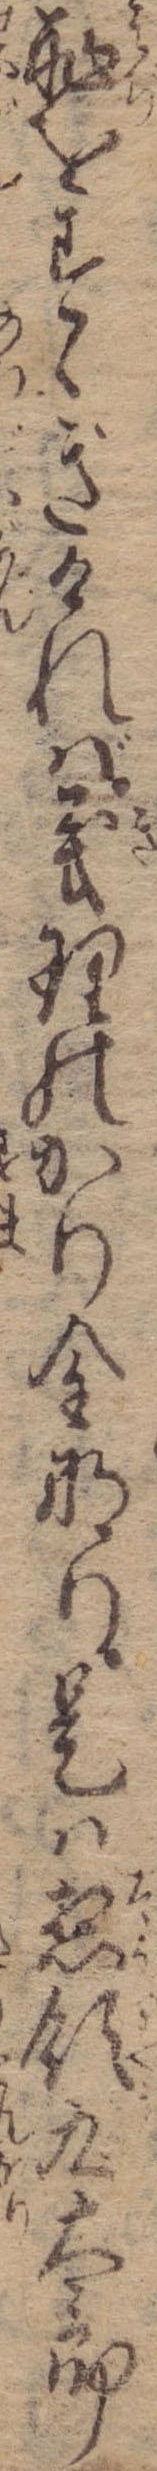
恥をすゝぎければ義理のかり金なり是は惣領九太郎